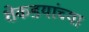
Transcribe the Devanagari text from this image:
शेकडयांच्या